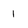
Character: 1